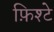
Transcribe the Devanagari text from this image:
फ़िश्टे